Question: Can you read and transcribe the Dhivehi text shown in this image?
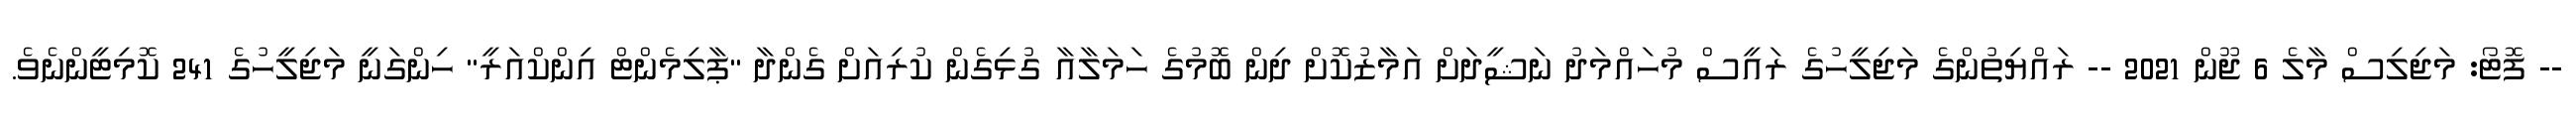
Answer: -- ފޮޓޯ: މަޖިލިސް މާލެ 6 ޖޫން 2021 -- ރައްޔިތުންގެ މަޖިލީހުގެ ރައީސް މުހައްމަދު ނަޝީދަށް އަމާޒުކޮށް ދިން ބޮމުގެ ހަމަލާއާ ގުޅިގެން ކުރިއަށް ގެންދާ "ޕާލިމެންޓް އިންކްއަރީ" ހިންގަނީ މަޖިލީހުގެ 241 ކޮމިޓީންނެވެ.